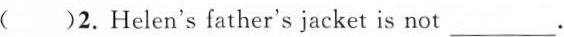
( )2.Helen's father's jacket is not___.